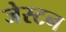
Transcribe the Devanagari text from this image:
जेस्टन